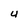
Character: U